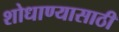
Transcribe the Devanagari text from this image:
शोधाण्यासाठी